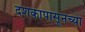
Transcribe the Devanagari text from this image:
दशकापासूनच्या